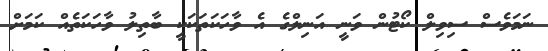
ނަމަވެސް ސިވިލް ކޯޓުން ވަނީ އަނިލްގެ އެ ވާހަކަތަކަކީ ބާތިލު ވާހަކަތެއް ކަމަށް